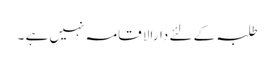
طلبہ کے لئے دارالا قامہ نہیں ہے ۔